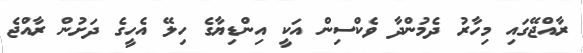
ރާއްޖޭގައި މިހާރު ދެމުންދާ ވެކްސިން އަކީ އިންޑިޔާގެ ހިލޭ އެހީގެ ދަށުން ރާއްޖެ